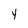
Character: y